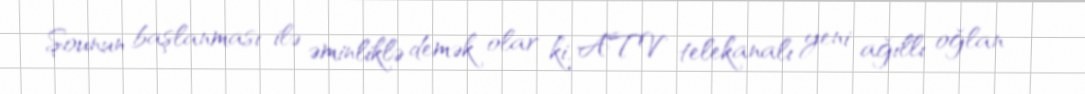
Şounun başlanması ilə əminliklə demək olar ki, ATV telekanalı yeni ağıllı oğlan